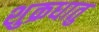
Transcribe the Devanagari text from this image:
शुक्रधातु